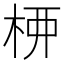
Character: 𫞉